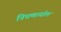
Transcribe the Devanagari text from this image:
निघणार्याल